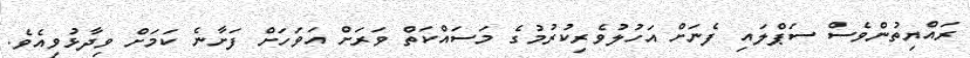
ރައްޔިތުންވެސް ސަޕްލައި ފެނަށް އަހުލުވެރިކުރުމުގެ މަސައްކަތް ވަރަށް އަވަހަށް ފަށާނެ ކަމަށް ވިދާޅުވިއެވެ.